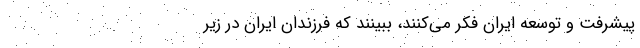
پیشرفت و توسعه ایران فکر می‌کنند، ببینند که فرزندان ایران در زیر